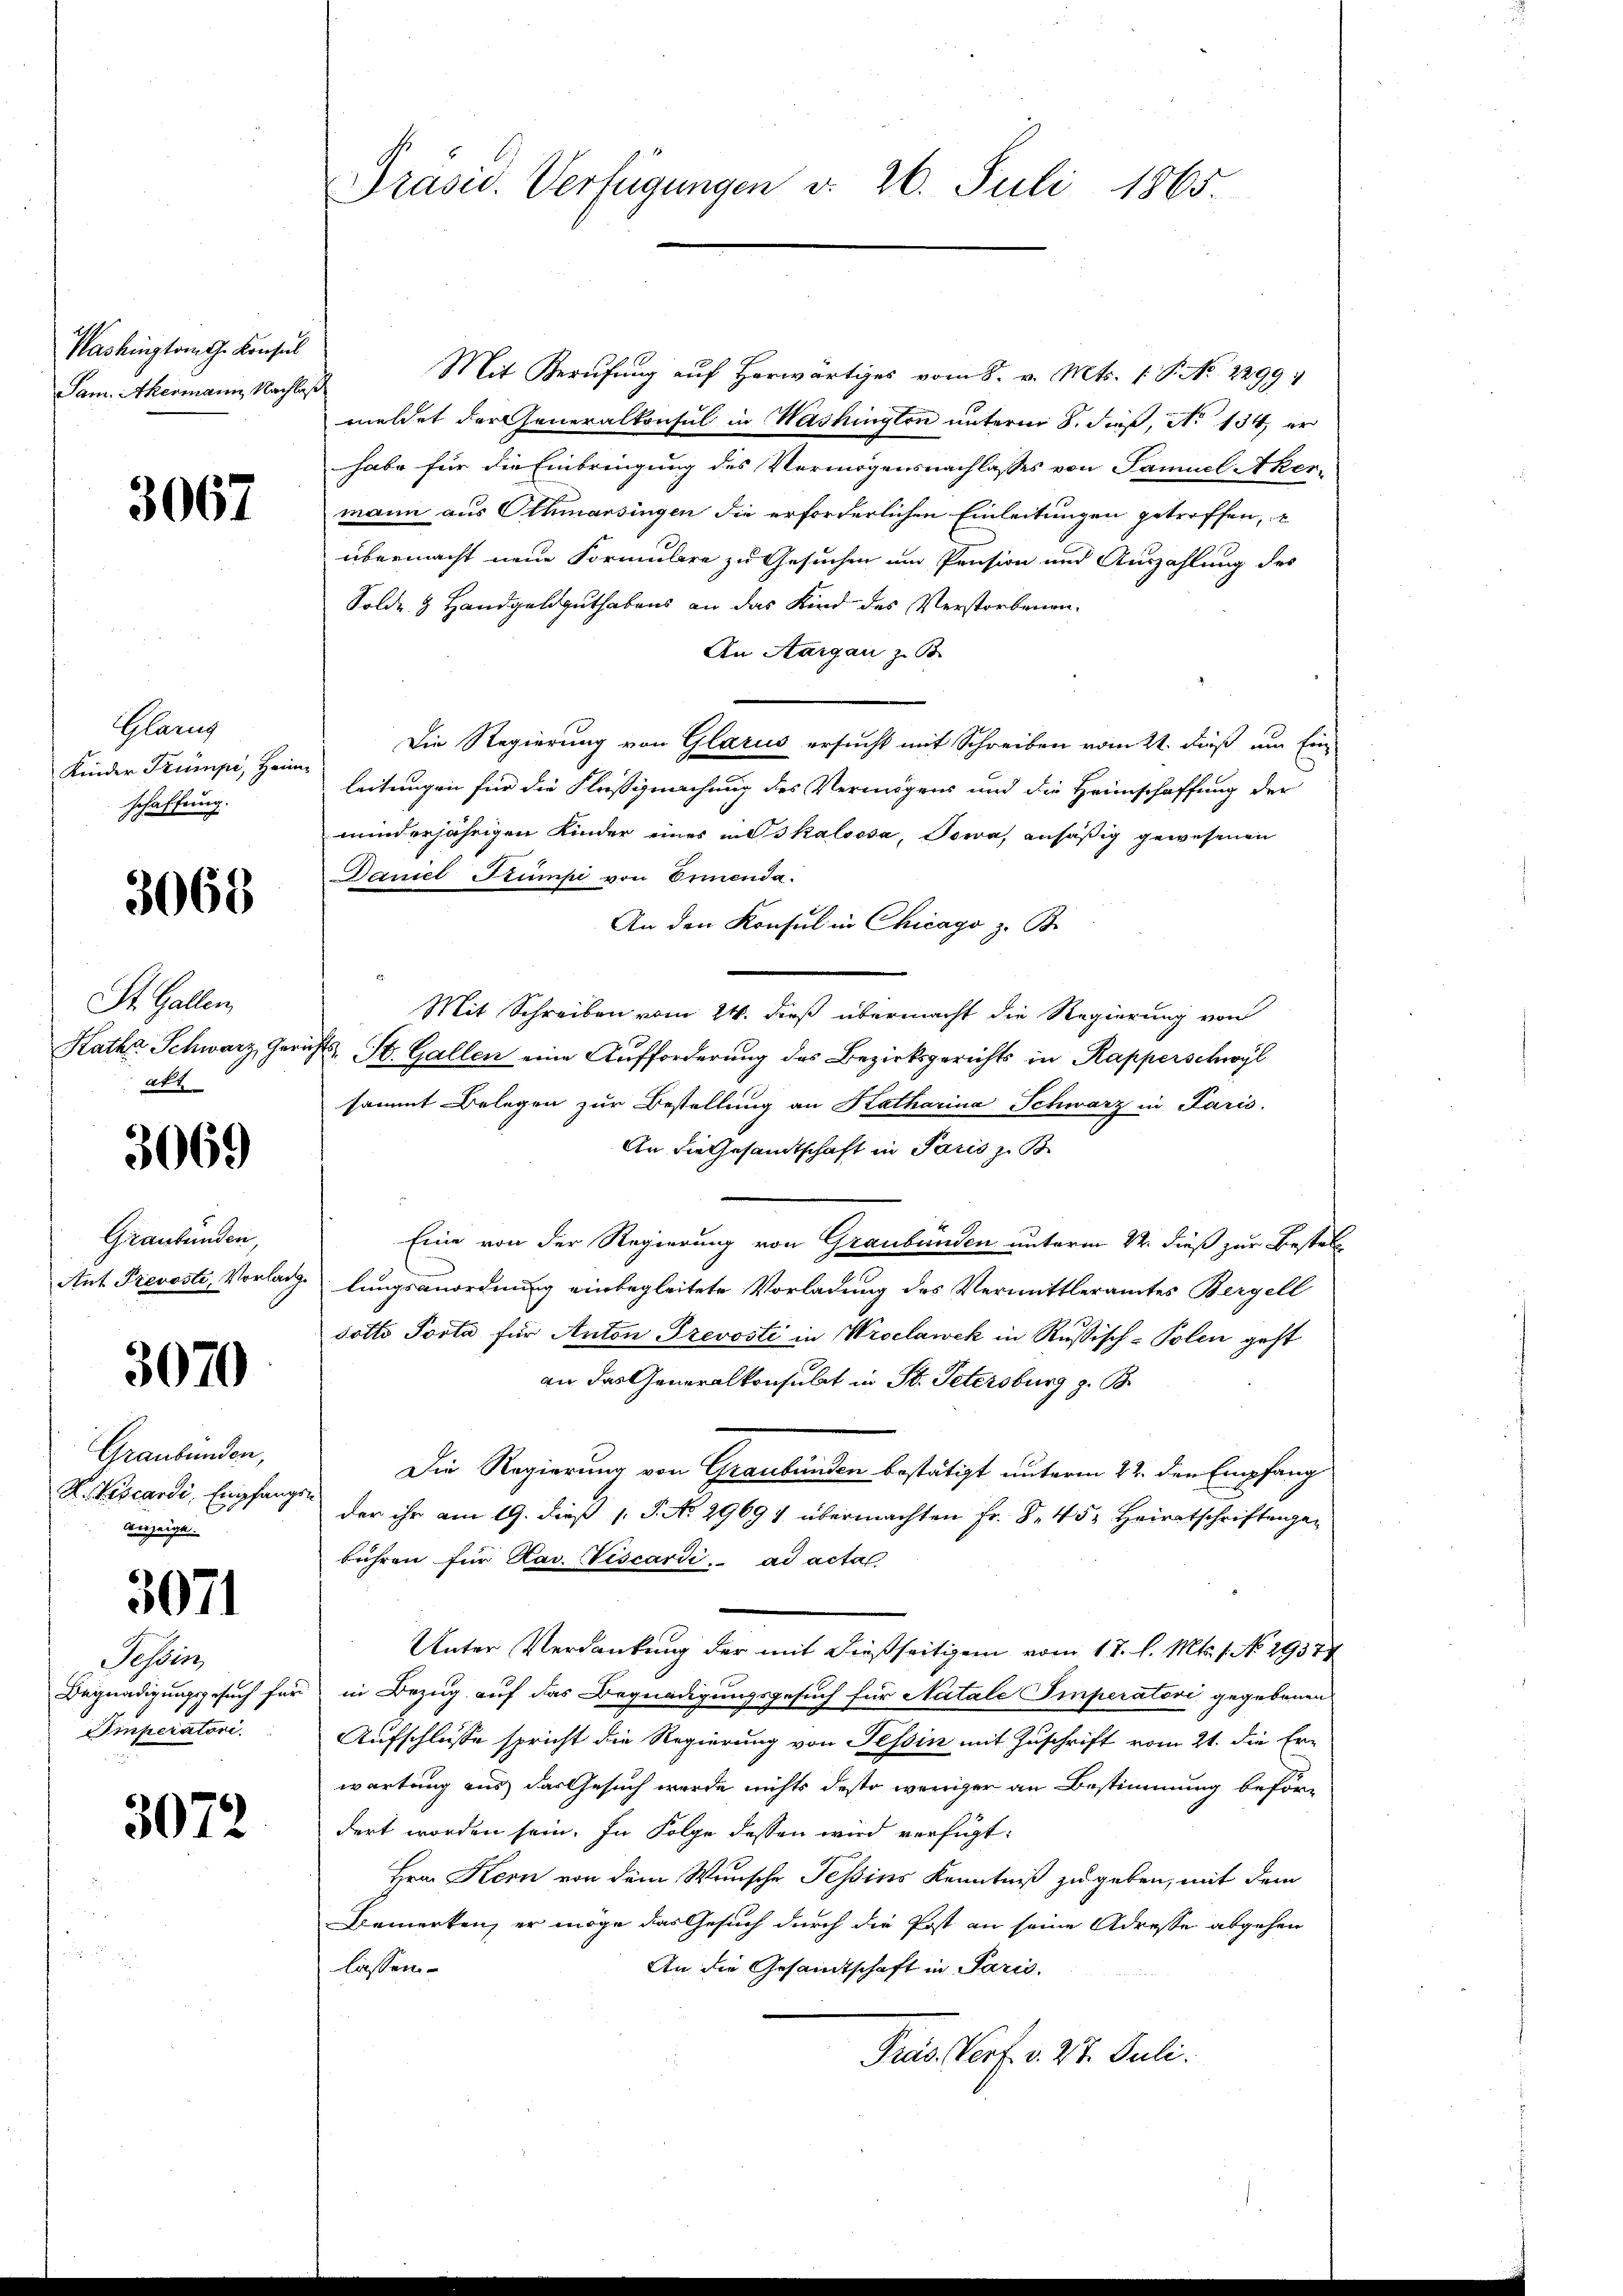
Washington G. Konsul
Sam. Akermann, Nachlaß

3067

Glarus
Kinder Trumpe, Heim
schaffung.

3068

St. Gallen,
akt

3069

Graubünden,

3070

Graubünden,
R. Fiscardi, Empfangen
Anzeige.

3071

Tessin
Imperatori.

3072

Mit Berufung aŭf herwärtiges vom 8. v. Mts. 1. P. No. 2299.
meldet der Generalkonsul in Washingten unterm 8. dieß, No 134. er
habe für die Einbringung des Vermögensnachlasses von Samuel Aker-
mann aus Othmarsingen die erforderlichen Einleitungen getroffen,
übermacht neue Formulare zu Gesuchen um Pension und Auszahlung des
Solde 3 Handgeldguthabens an das Kind des Verstorbenen.
An Aargau z. B.
Die Regierung von Glarus ersucht mit Schreiben vom 21. daß um Ein
leitungen für die Flußigmachung des Vermögens und die Heimschaffung der
minderjährigen Kinder eines indikaloosa, Towa, ansäßig gewesenen
Daniel Stumpe von Emmenda
An den Konsul in Chicago z. B.
Mit Schreiben vom 24. dieß übermacht die Regierung von
Katha Schwarz, Gerichts, St. Gallen eine Aufforderung des Bezirksgerichts in Rapperschwyl
sammt Belegen zur Bestellung an Katharina Schwarz in Paris.
An die Gesandtschaft in Paris zu B
Eine von der Regierung von Graubünden unterm 22. dieß zur Bestel¬
Ant. Prevosti, Vorlade lungsanordnung einbegleitete Vorladung des Vermittleramtes Bergell
dotto Posta für Anton Prevosti in Wroclawek in Rußisch-Polen geht
an das Generalkonsulat in St. Petersburg z. B.
Die Regierung von Graubünden bestätigt unterm 22. den Empfang
der ihr am 19. dieß v. J. No 29691 übermachten Fr. S. 45. Heiratschriftengen
bühren für Nav. Viscardi ad acta
Unter Verdankung der mit dießseitigem vom 17. l. Mts. 1. No. 29374
Begnadigungsgesuch für in Bezug auf das Begnadigungsgesuch für Natale Imperatori gegebenen
Aufschlüsse spricht die Regierung von Tessin mit Zuschrift vom 21. die Er-
wartung aus das Gesuch werde nichts desto weniger an Bestimmung befördert worden sein. In Folge dessen wird verfügt:
Hrn. Kern von dem Wunsche Tessins Kenntniß zu geben, mit dem
Bemerken, er möge das Gesuch durch die Post an seine Adresse abgehen
An die Gesandtschaft in Paris.
lassen
Präs. Porf. v. 27. Juli.

Präsid. Verfügungen v. 26. Juli 1865.